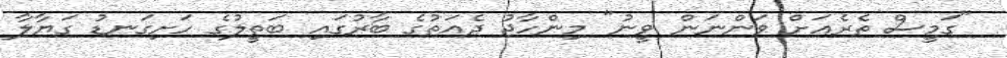
"ގަމީސް ތެރެއަށް ވަންނަން ވީނު" މިންހާޖު ދެއަތުގެ ބާރުގައި ބަތީލުގެ ހަށިގަނޑު ގަޔާލާ